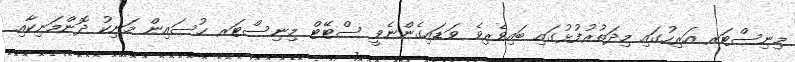
މިނިސްޓަރ އަރިހުގައި މިދަތުރުފުޅުގައި ބައިވެރިވެ ވަޑައިގެންނެވީ ސްޓޭޓް މިނިސްޓަރ ޙުސައިން މަނިކު ދޮންމަނިކާއި